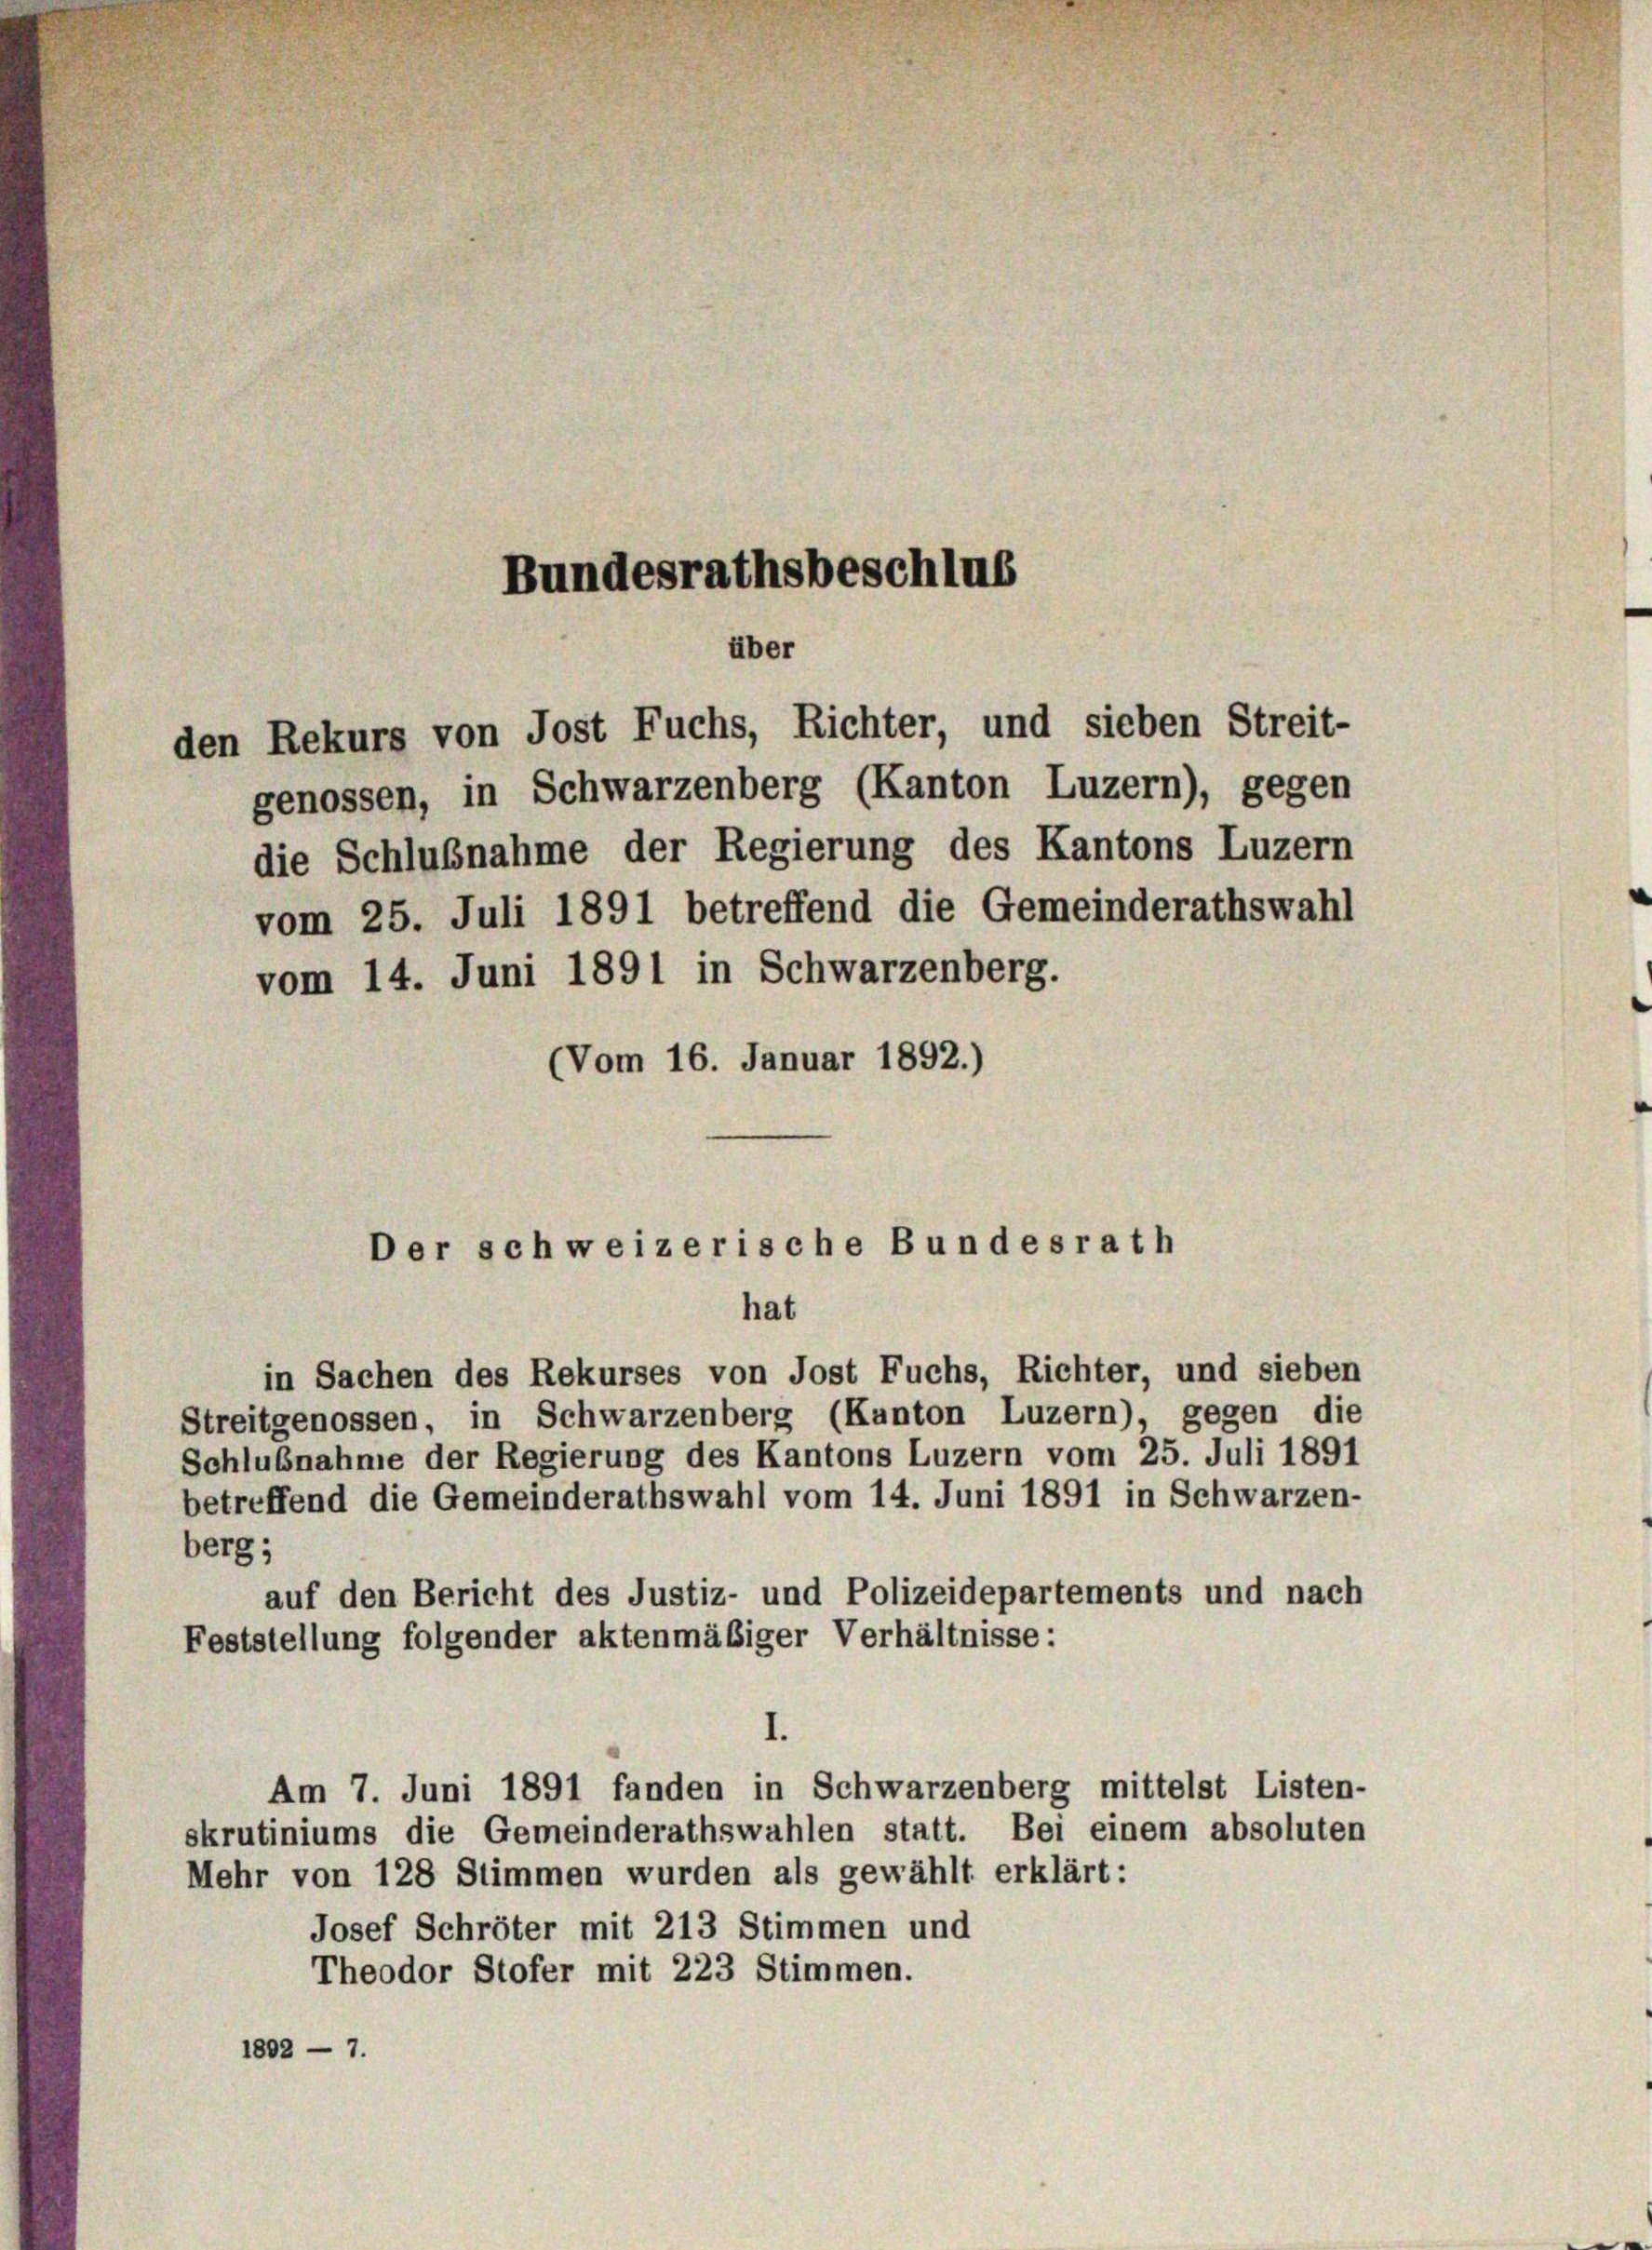
vom 14. Juni 1891 in Schwarzenberg.
(Vom 16. Januar 1892.)
Der schweizerische Bundesrath

Bundesrathsbeschlus
über
den Rekurs von Jost Fuchs, Richter, und sieben Streit-

genossen, in Schwarzenberg (Kanton Luzern), gegen
die Schlußnahme der Regierung des Kantons Luzern
vom 25. Juli 1891 betreffend die Gemeinderathswahl

hat

in Sachen des Rekurses von Jost Fuchs, Richter, und sieben
Streitgenossen, in Schwarzenberg (Kanton Luzern), gegen die
Schlußnahme der Regierung des Kantons Luzern vom 25. Juli 1891
betreffend die Gemeinderathswahl vom 14. Juni 1891 in Schwarzen-
berg;
auf den Bericht des Justiz- und Polizeidepartements und nach
Feststellung folgender aktenmäßiger Verhältnisse:
1.
Am 7. Juni 1891 fanden in Schwarzenberg mittelst Listen-
skrutiniums die Gemeinderathswahlen statt. Bei einem absoluten
Mehr von 128 Stimmen wurden als gewählt erklärt:
Josef Schröter mit 213 Stimmen und
Theodor Stofer mit 223 Stimmen.
1802 - 7.